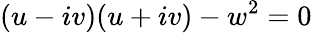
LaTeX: (u-iv)(u+iv)-w^{2}=0